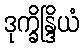
ဒုက္ခိန္ဒြိယံ